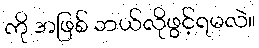
ကို အဖြစ် ဘယ်လိုဖွင့်ရမလဲ။